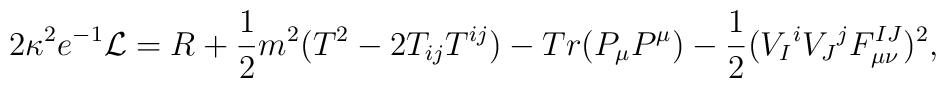
2\kappa^2e^{-1}{\cal L} = R + {1\over 2} m^2 (T^2 - 2T_{ij}T^{ij}) -Tr(P_{\mu} P^{\mu}) - {1\over 2} (V_I{}^i V_J{}^j F_{\mu \nu}^{IJ})^2,